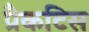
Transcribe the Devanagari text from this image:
प्रैकटिस